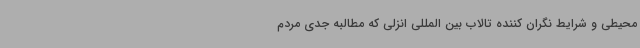
محیطی و شرایط نگران کننده تالاب بین المللی انزلی که مطالبه جدی مردم